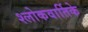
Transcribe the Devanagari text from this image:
श्लोकवार्तिके